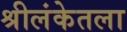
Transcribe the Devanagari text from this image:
श्रीलंकेतला